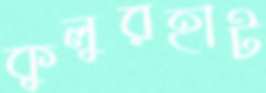
কুলুরহাট